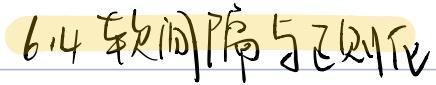
6.4 软间隔与正则化